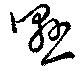
懸